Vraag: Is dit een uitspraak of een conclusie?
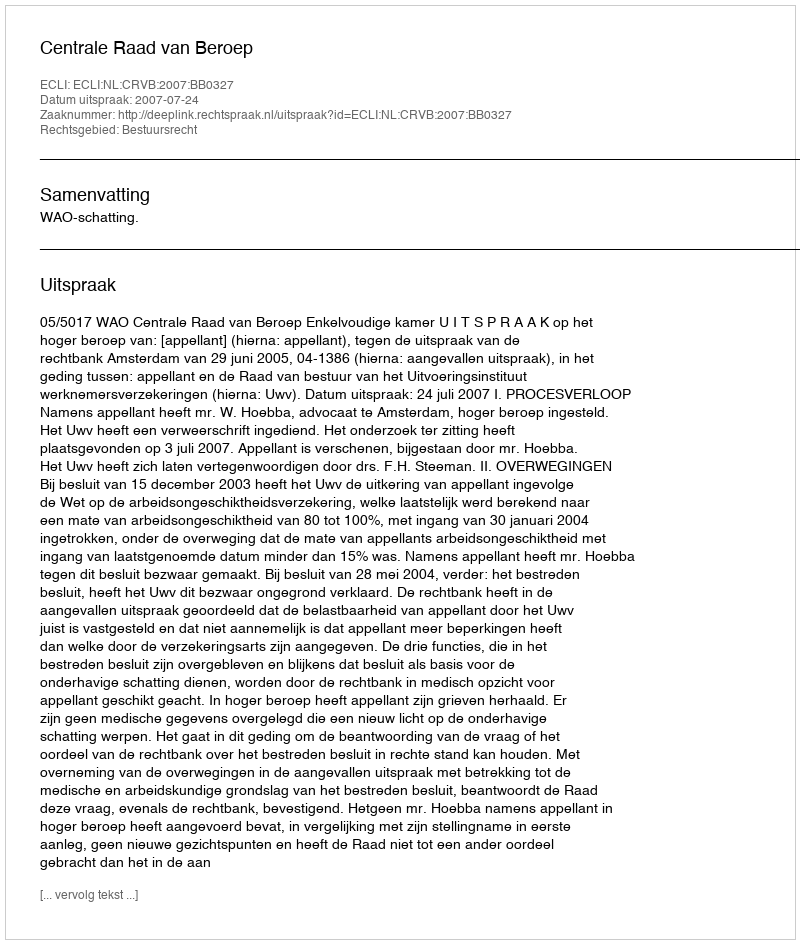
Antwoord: Uitspraak